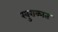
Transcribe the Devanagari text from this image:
खुराकात